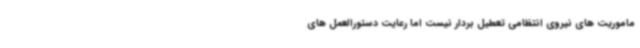
ماموریت های نیروی انتظامی تعطیل بردار نیست اما رعایت دستورالعمل های